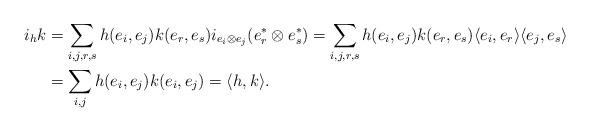
LaTeX: \begin{align*}i_{h}k&=\sum_{i,j,r,s}h(e_i,e_j)k(e_r,e_s)i_{e_i\otimes e_j}(e_r^*\otimes e_s^*)=\sum_{i,j,r,s}h(e_i,e_j)k(e_r,e_s)\langle e_i,e_r\rangle\langle e_j,e_s\rangle\\&=\sum_{i,j}h(e_i,e_j)k(e_i,e_j)=\langle h,k\rangle.\end{align*}